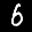
Label: 6